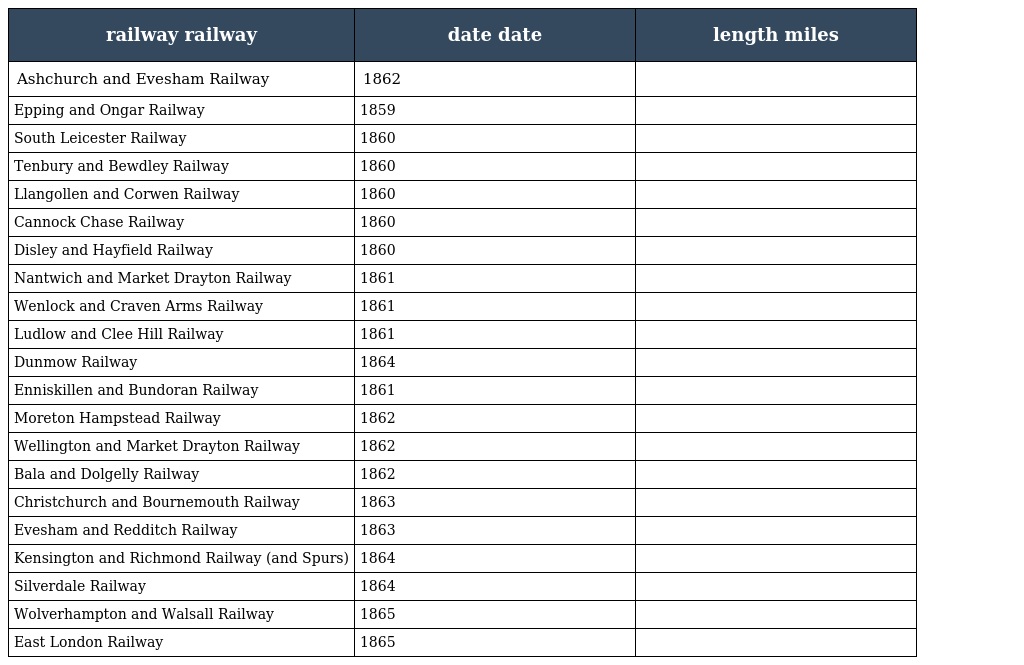
| railway railway | date date | length miles |
 | --- | --- | --- |
 | Ashchurch and Evesham Railway | 1862 |  |
 | Epping and Ongar Railway | 1859 |  |
 | South Leicester Railway | 1860 |  |
 | Tenbury and Bewdley Railway | 1860 |  |
 | Llangollen and Corwen Railway | 1860 |  |
 | Cannock Chase Railway | 1860 |  |
 | Disley and Hayfield Railway | 1860 |  |
 | Nantwich and Market Drayton Railway | 1861 |  |
 | Wenlock and Craven Arms Railway | 1861 |  |
 | Ludlow and Clee Hill Railway | 1861 |  |
 | Dunmow Railway | 1864 |  |
 | Enniskillen and Bundoran Railway | 1861 |  |
 | Moreton Hampstead Railway | 1862 |  |
 | Wellington and Market Drayton Railway | 1862 |  |
 | Bala and Dolgelly Railway | 1862 |  |
 | Christchurch and Bournemouth Railway | 1863 |  |
 | Evesham and Redditch Railway | 1863 |  |
 | Kensington and Richmond Railway (and Spurs) | 1864 |  |
 | Silverdale Railway | 1864 |  |
 | Wolverhampton and Walsall Railway | 1865 |  |
 | East London Railway | 1865 |  |